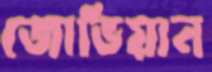
জোভিয়ান